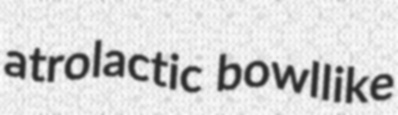
atrolactic bowllike